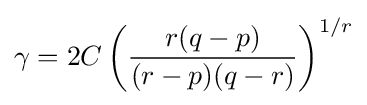
\gamma =2C\left({\frac {r(q-p)}{(r-p)(q-r)}}\right)^{1/r}